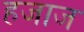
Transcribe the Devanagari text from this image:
हजाज